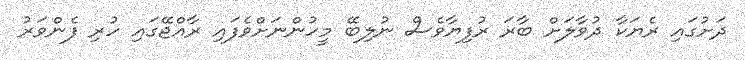
ދަށުގައި ރެޔަކާ ދުވާލަށް ބާރަ ރުފިޔާވެސް ނުލިބޭ މީހުންނަށްވެފައި ރާއްޖޭގައި ހުރި ފެންވަރު